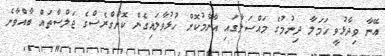
އޭނާ ވިދާޅުވީ ހަމަލާ ދިނުމުުގެ މައްސަލާގައި އާންމުކޮށް ހުޅުވާލައިގެން ކޮންގްރެސްގެ ޖަލްސާތައް ބާއްވާނެ